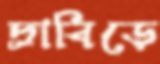
দ্রাবিড়ে